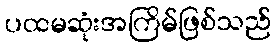
ပထမဆုံးအကြိမ်ဖြစ်သည်